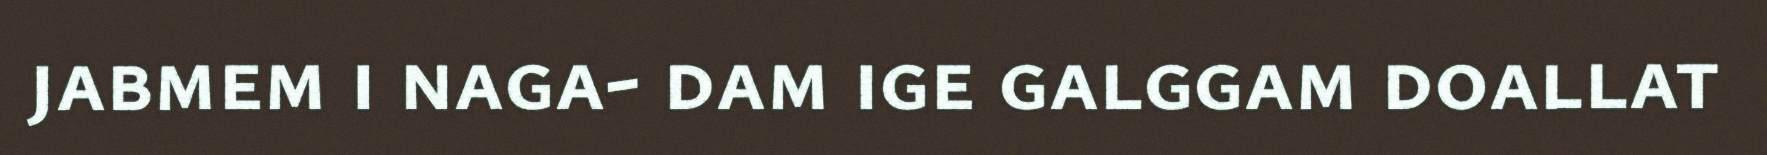
jabmem i naga- dam ige galggam doallat